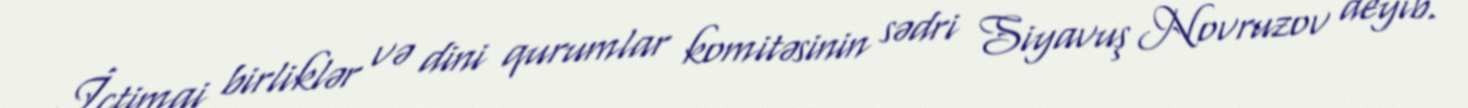
İctimai birliklər və dini qurumlar komitəsinin sədri Siyavuş Novruzov deyib.